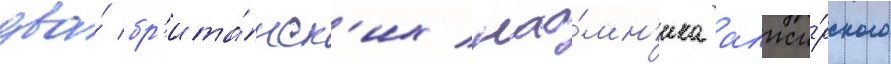
два́ бр'ита́нск'их нао́мн'ика алжи́рского